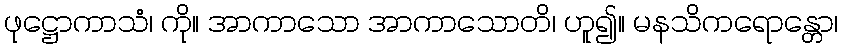
ဖုဋ္ဌောကာသံ၊ ကို။ အာကာသော အာကာသောတိ၊ ဟူ၍။ မနသိကရောန္တော၊